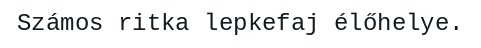
Számos ritka lepkefaj élőhelye.